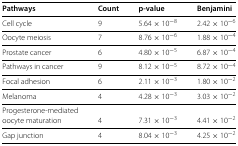
<table><thead><tr><td><b>Pathways</b></td><td><b>Count</b></td><td><b>p-value</b></td><td><b>Benjamini</b></td></tr></thead><tbody><tr><td>Cell cycle</td><td>9</td><td>5.64×10<sup>−8</sup></td><td>2.42×10<sup>−6</sup></td></tr><tr><td>Oocyte meiosis</td><td>7</td><td>8.76×10<sup>−6</sup></td><td>1.88×10<sup>−4</sup></td></tr><tr><td>Prostate cancer</td><td>6</td><td>4.80×10<sup>−5</sup></td><td>6.87×10<sup>−4</sup></td></tr><tr><td>Pathways in cancer</td><td>9</td><td>8.12×10<sup>−5</sup></td><td>8.72×10<sup>−4</sup></td></tr><tr><td>Focal adhesion</td><td>6</td><td>2.11×10<sup>−3</sup></td><td>1.80×10<sup>−2</sup></td></tr><tr><td>Melanoma</td><td>4</td><td>4.28×10<sup>−3</sup></td><td>3.03×10<sup>−2</sup></td></tr><tr><td>Progesterone-mediated</td><td></td><td></td><td></td></tr><tr><td>oocyte maturation</td><td>4</td><td>7.31×10<sup>−3</sup></td><td>4.41×10<sup>−2</sup></td></tr><tr><td>Gap junction</td><td>4</td><td>8.04×10<sup>−3</sup></td><td>4.25×10<sup>−2</sup></td></tr></tbody></table>